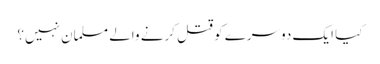
کیا ایک دوسرے کو قتل کرنے والے مسلمان نہیں؟